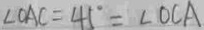
\angle O A C = 4 5 ^ { \circ } = \angle O C A